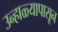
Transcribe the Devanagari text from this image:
उन्हाळ्यापासून